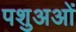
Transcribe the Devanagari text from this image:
पशुअओं